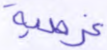
غرضية